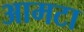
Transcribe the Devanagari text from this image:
आमटा